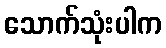
သောက်သုံးပါက